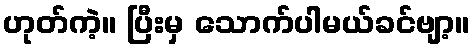
ဟုတ်ကဲ့။ ပြီးမှ သောက်ပါမယ်ခင်ဗျာ့။